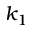
k _ { 1 }